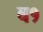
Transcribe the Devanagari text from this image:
ब१